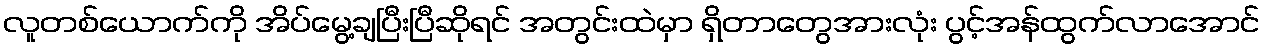
လူတစ်ယောက်ကို အိပ်မွေ့ချပြီးပြီဆိုရင် အတွင်းထဲမှာ ရှိတာတွေအားလုံး ပွင့်အန်ထွက်လာအောင်